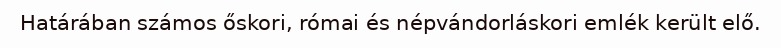
Határában számos őskori, római és népvándorláskori emlék került elő.